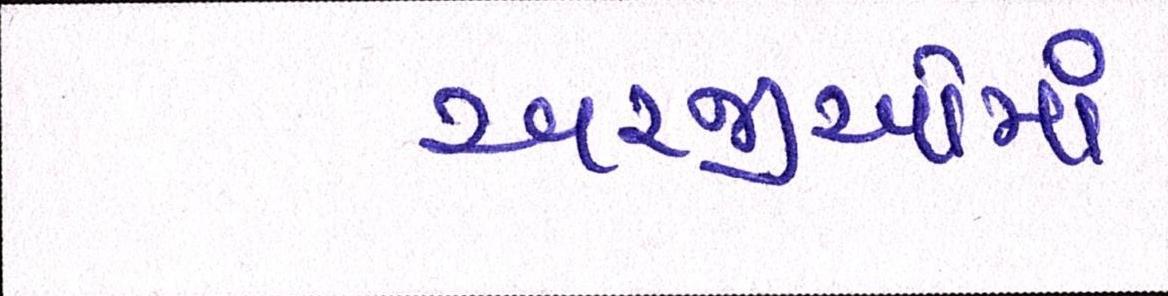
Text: અરજીઓમાં